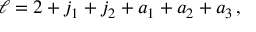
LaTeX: \ell = 2 + j _ { 1 } + j _ { 2 } + a _ { 1 } + a _ { 2 } + a _ { 3 } \, ,